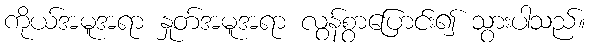
ကိုယ်အမူအရာ နှုတ်အမူအရာ လွန်စွာပြောင်း၍ သွားပါသည်။